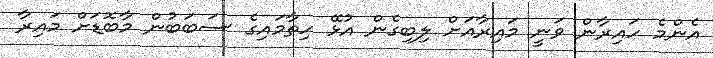
އެންމެ ހައިރާން ވަނީ މައިރާއަށް ލިބިގެން އުޅޭ ހިތާމައިގެ ސަބަބުން މާބޮޑަށް މައިރާ